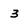
Character: 3